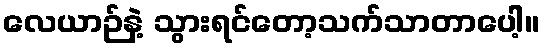
လေယာဉ်နဲ့ သွားရင်တော့သက်သာတာပေါ့။